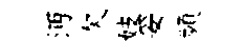
沔欠妓妥頻